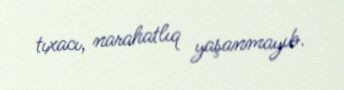
tıxacı, narahatlıq yaşanmayıb.